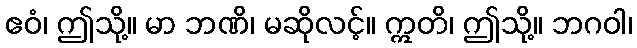
ဧဝံ၊ ဤသို့။ မာ ဘဏိ၊ မဆိုလင့်။ ဣတိ၊ ဤသို့။ ဘဂဝါ၊